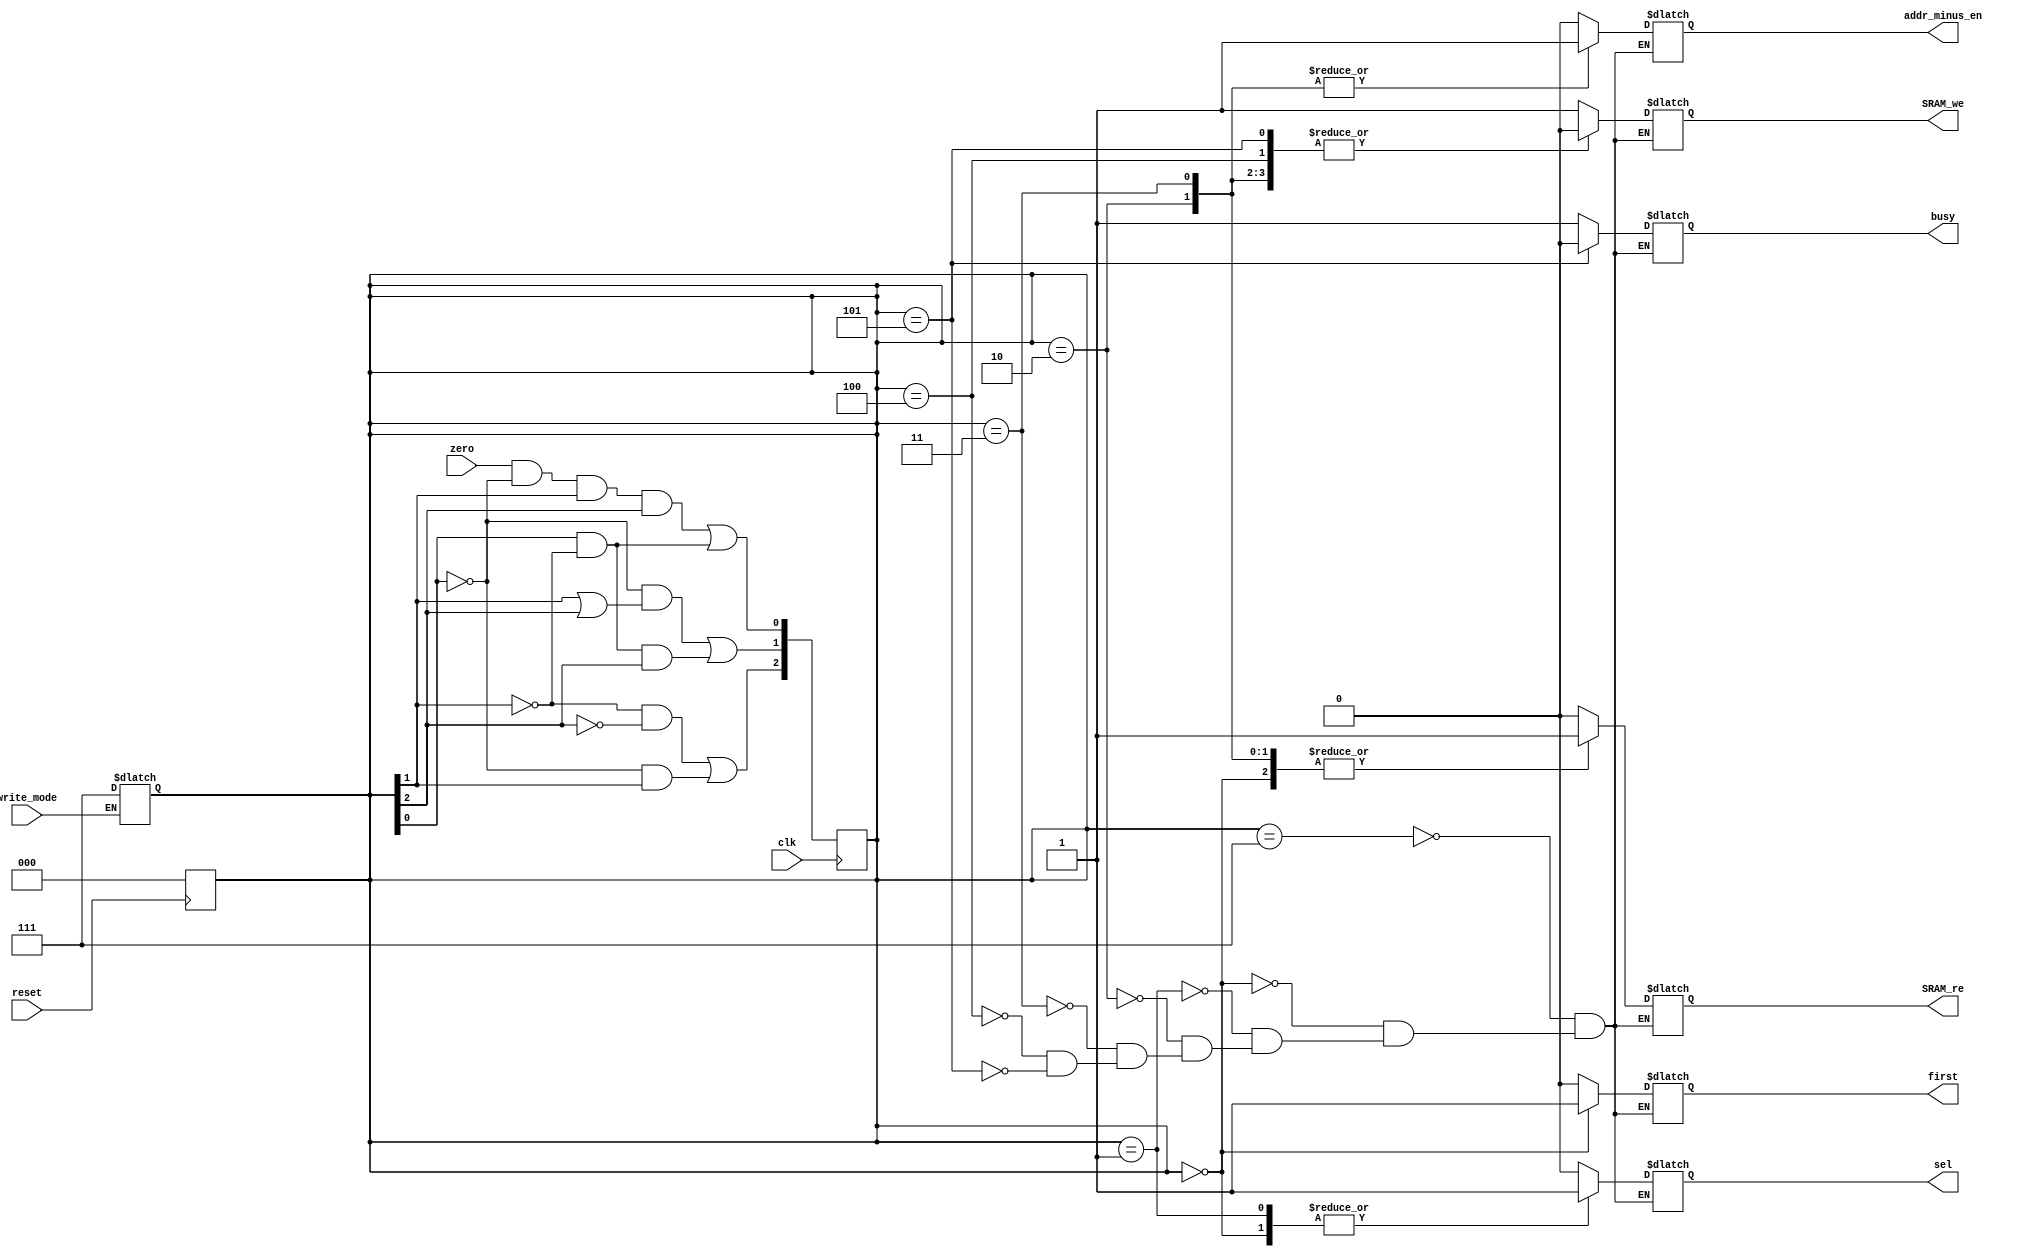
module FSM (
    input clk,
    input write_mode,

    input zero,
    output  sel,  output  first,
    output  addr_minus_en,

    output  SRAM_re, SRAM_we,

    output busy,
    input reset
);
    reg [2:0]S;
    wire [2:0] S1;

    reg reg_SRAM_we,reg_SRAM_re,reg_sel,reg_first,reg_addr_minus_en,reg_busy;

    assign SRAM_re=reg_SRAM_re;
    assign sel=reg_sel;
    assign first=reg_first;
    assign addr_minus_en=reg_addr_minus_en;
    assign busy=reg_busy;
    assign SRAM_we=reg_SRAM_we;

    always @(posedge reset) begin
        S<=3'b000;
    end

    assign S1=S;

    always @(posedge clk) begin
        S[0]<= zero & ~S1[0] & S1[1] &S1[2] | S1[0] & ~S1[1];
        S[1]<= ~S1[0] &(S1[1] |S1[2]) | S1[0] & ~S1[1] &S1[2];
        S[2]<= ~S1[1] & ~S1[2] | ~S1[0] & S1[1];
    end

    always @(*) begin
        if(write_mode) S=3'b111;
    end

    always @(*) begin
        case(S)
            3'b111:begin
                reg_SRAM_we=1;
                reg_SRAM_re<=0;
                reg_first<=0;
                reg_sel<=0;
                reg_addr_minus_en<=0;
                reg_busy<=1;
            end
            3'b000:begin
                reg_SRAM_we=0;
                reg_SRAM_re<=1;
                reg_first<=1;
                reg_sel<=1;
                reg_addr_minus_en<=0;
                reg_busy<=1;
            end
            3'b001:begin
                reg_SRAM_we=0;
                reg_SRAM_re<=0;
                reg_first<=0;
                reg_sel<=1;
                reg_addr_minus_en<=0;
                reg_busy<=1;
            end
            3'b010:begin
                reg_SRAM_we=0;
                reg_SRAM_re<=1;
                reg_first<=0;
                reg_sel<=0;
                reg_addr_minus_en<=1;
                reg_busy<=1;
            end
            3'b011:begin
                reg_SRAM_we=0;
                reg_SRAM_re<=1;
                reg_first<=0;
                reg_sel<=0;
                reg_addr_minus_en<=1;
                reg_busy<=1;
            end
            3'b100:begin
                reg_SRAM_we=0;
                reg_SRAM_re<=0;
                reg_first<=0;
                reg_sel<=0;
                reg_addr_minus_en<=0;
                reg_busy<=1;
            end
            3'b101:begin
                reg_SRAM_we=0;
                reg_SRAM_re<=0;
                reg_first<=0;
                reg_sel<=0;
                reg_addr_minus_en<=0;
                reg_busy<=0;
            end
        endcase
    end
endmodule